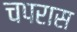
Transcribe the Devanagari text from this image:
चपरास